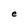
Character: e